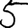
Digit: 5